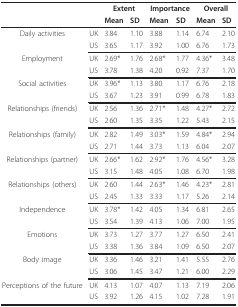
<table><thead><tr><td></td><td></td><td colspan="2"><b>Extent</b></td><td colspan="2"><b>Importance</b></td><td colspan="2"><b>Overall</b></td></tr><tr><td></td><td></td><td><b>Mean</b></td><td><b>SD</b></td><td><b>Mean</b></td><td><b>SD</b></td><td><b>Mean</b></td><td><b>SD</b></td></tr></thead><tbody><tr><td>Daily activities</td><td>UK</td><td>3.84</td><td>1.10</td><td>3.88</td><td>1.14</td><td>6.74</td><td>2.10</td></tr><tr><td></td><td>US</td><td>3.65</td><td>1.17</td><td>3.92</td><td>1.00</td><td>6.76</td><td>1.73</td></tr><tr><td>Employment</td><td>UK</td><td>2.69*</td><td>1.76</td><td>2.68*</td><td>1.77</td><td>4.36*</td><td>3.48</td></tr><tr><td></td><td>US</td><td>3.78</td><td>1.38</td><td>4.20</td><td>0.92</td><td>7.37</td><td>1.70</td></tr><tr><td>Social activities</td><td>UK</td><td>3.96*</td><td>1.13</td><td>3.80</td><td>1.17</td><td>6.76</td><td>2.18</td></tr><tr><td></td><td>US</td><td>3.67</td><td>1.23</td><td>3.91</td><td>0.99</td><td>6.78</td><td>1.83</td></tr><tr><td>Relationships (friends)</td><td>UK</td><td>2.56</td><td>1.36</td><td>2.71*</td><td>1.48</td><td>4.27*</td><td>2.72</td></tr><tr><td></td><td>US</td><td>2.60</td><td>1.35</td><td>3.35</td><td>1.22</td><td>5.43</td><td>2.15</td></tr><tr><td>Relationships (family)</td><td>UK</td><td>2.82</td><td>1.49</td><td>3.03*</td><td>1.59</td><td>4.84*</td><td>2.94</td></tr><tr><td></td><td>US</td><td>2.71</td><td>1.44</td><td>3.73</td><td>1.13</td><td>6.04</td><td>2.07</td></tr><tr><td>Relationships (partner)</td><td>UK</td><td>2.66*</td><td>1.62</td><td>2.92*</td><td>1.76</td><td>4.56*</td><td>3.28</td></tr><tr><td></td><td>US</td><td>3.15</td><td>1.48</td><td>4.05</td><td>1.08</td><td>6.70</td><td>1.98</td></tr><tr><td>Relationships (others)</td><td>UK</td><td>2.60</td><td>1.44</td><td>2.63*</td><td>1.46</td><td>4.23*</td><td>2.81</td></tr><tr><td></td><td>US</td><td>2.45</td><td>1.33</td><td>3.33</td><td>1.17</td><td>5.26</td><td>2.14</td></tr><tr><td>Independence</td><td>UK</td><td>3.78*</td><td>1.42</td><td>4.05</td><td>1.34</td><td>6.81</td><td>2.65</td></tr><tr><td></td><td>US</td><td>3.54</td><td>1.39</td><td>4.13</td><td>1.06</td><td>7.00</td><td>1.95</td></tr><tr><td>Emotions</td><td>UK</td><td>3.73</td><td>1.27</td><td>3.77</td><td>1.27</td><td>6.50</td><td>2.41</td></tr><tr><td></td><td>US</td><td>3.38</td><td>1.36</td><td>3.84</td><td>1.09</td><td>6.50</td><td>2.07</td></tr><tr><td>Body image</td><td>UK</td><td>3.36</td><td>1.46</td><td>3.21</td><td>1.41</td><td>5.55</td><td>2.76</td></tr><tr><td></td><td>US</td><td>3.06</td><td>1.45</td><td>3.47</td><td>1.21</td><td>6.00</td><td>2.29</td></tr><tr><td>Perceptions of the future</td><td>UK</td><td>4.13</td><td>1.07</td><td>4.07</td><td>1.13</td><td>7.19</td><td>2.06</td></tr><tr><td></td><td>US</td><td>3.92</td><td>1.26</td><td>4.15</td><td>1.02</td><td>7.28</td><td>1.91</td></tr></tbody></table>